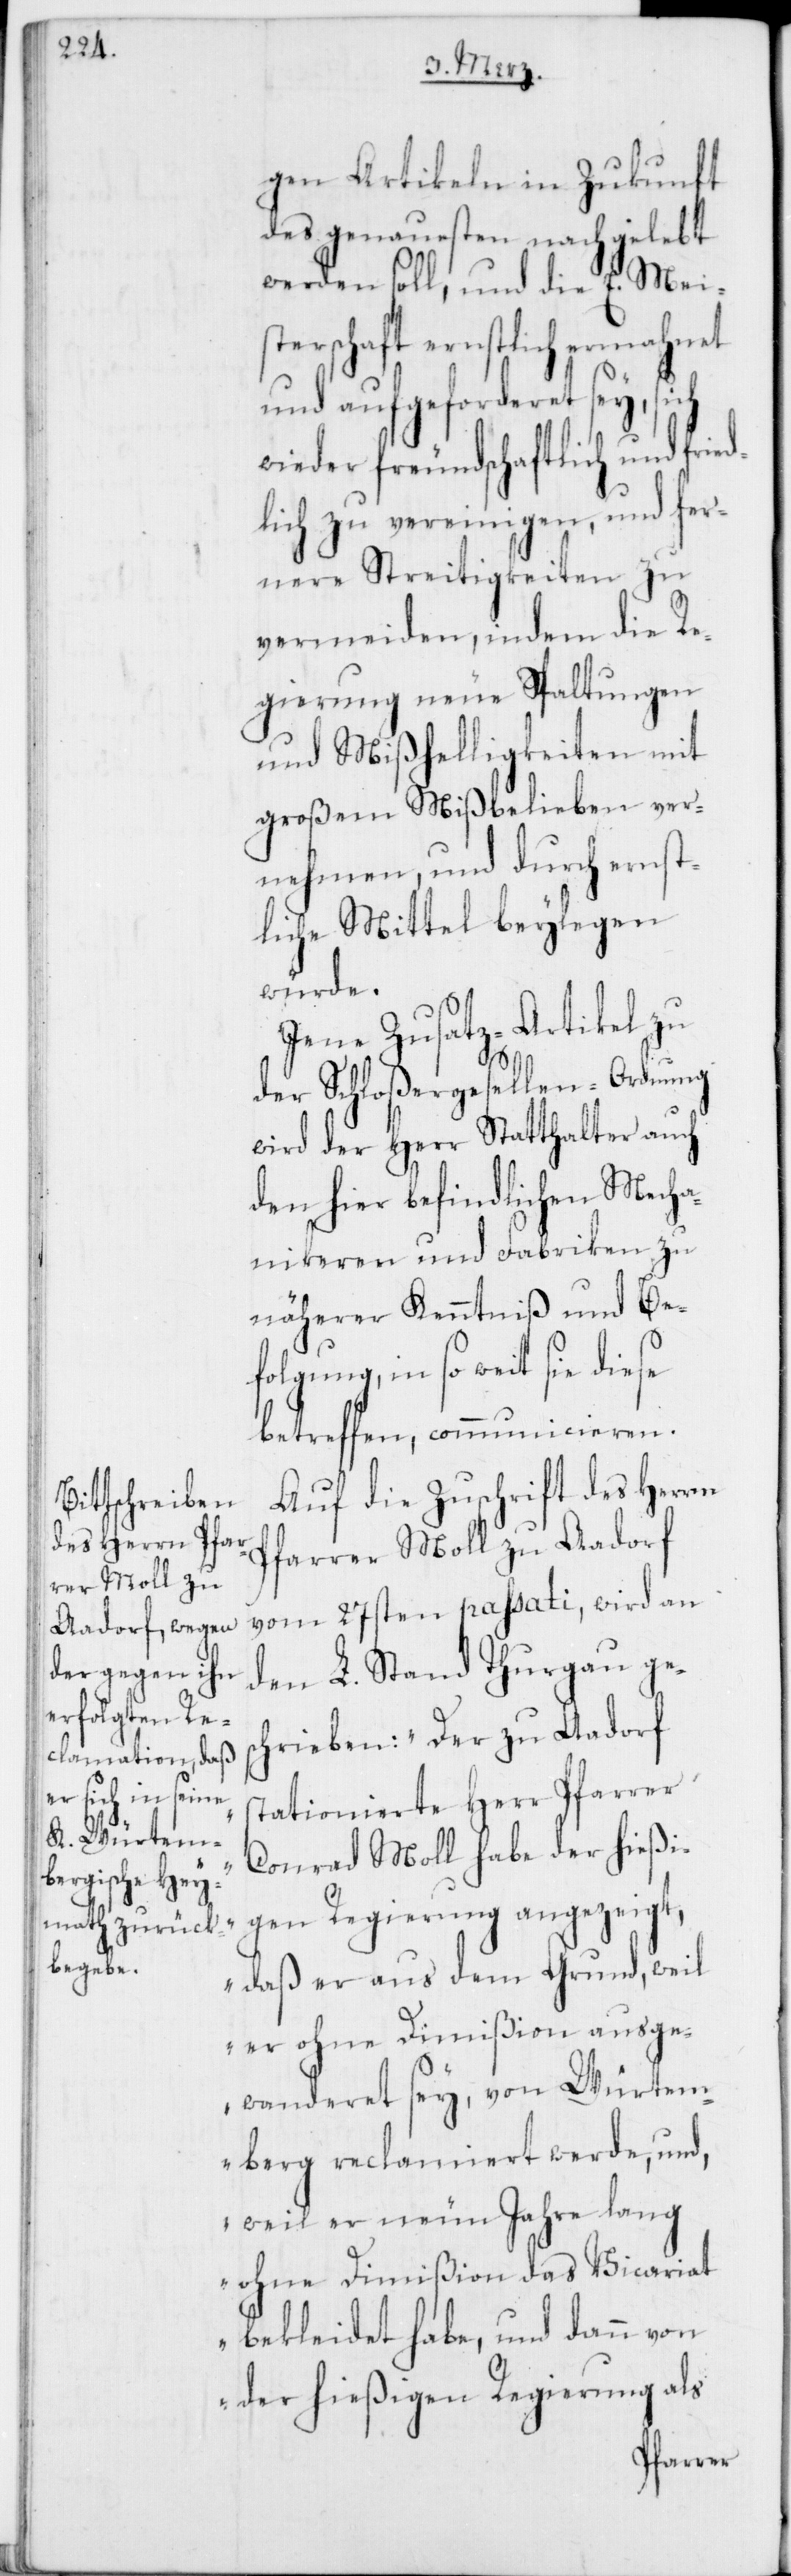
gen Artikeln in Zukunft
des genauesten nachgelebt
werden soll, und die E. Mei¬
sterschaft ernstlich ermahnet
und aufgeforderet sey,
wieder freundschaftlich und fried¬
lich zu vereinigen, und fer¬
nere Streitigkeiten zu
vermeiden, indem die Re¬
gierung neue Spaltungen
und Mißhelligkeiten mit
großem Mißbelieben ver¬
nehmen, und durch ernst¬
liche Mittel beylegen
würde.
Jene Zusatz-Artikel zu
der Schloßergesellen-Ordnung
wird der Herr Statthalter auch
den hier befindlichen Mecha¬
nikeren und Fabriken zu
näherer Kenntniß und Be¬
folgung, in so weit sie diese
betreffen, communicieren.
Auf die Zuschrift des Herrn
Pfarrer Moll zu Aadorf
vom 27sten passati, wird an
den L. Stand Thurgau ges¬
chrieben: „Der zu Aadorf
stationierte Herr Pfarrer
Conrad Moll habe der hießi¬
gen Regierung angezeigt,
daß er aus dem Grund, weil
er ohne Dimißion ausge¬
wanderet sey, von Würtem¬
berg reclamiert werde, und,
weil er neun Jahre lang
ohne Dimißion das Vicariat
bekleidet habe, und dann von
der hießigen Regierung als